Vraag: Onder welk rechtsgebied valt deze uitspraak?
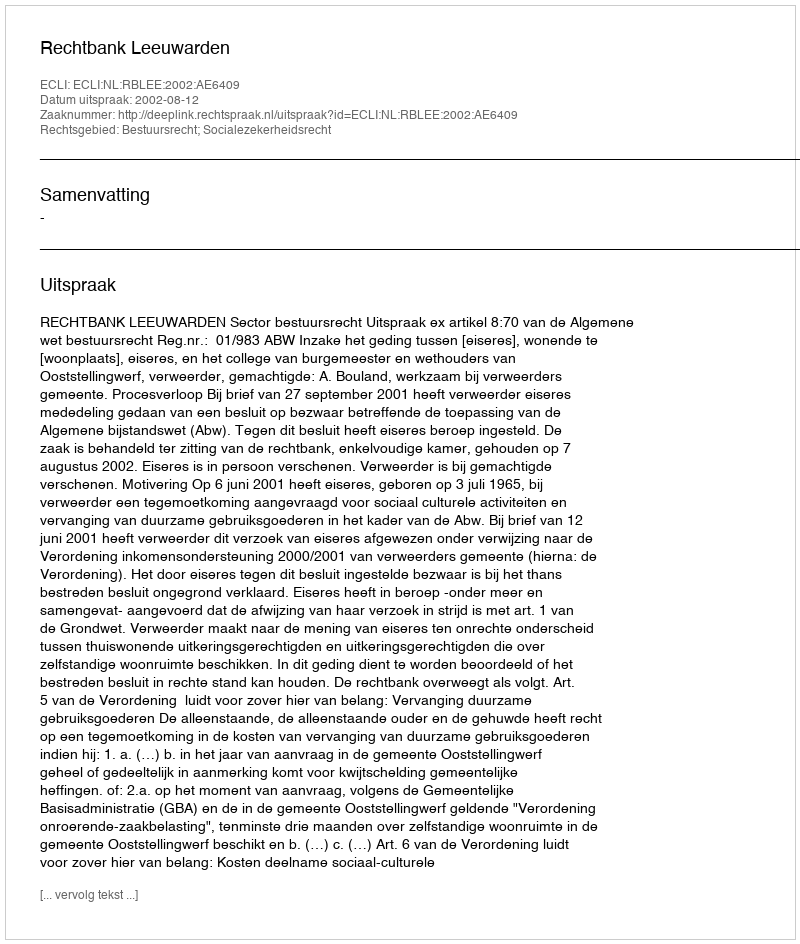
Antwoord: Bestuursrecht; Socialezekerheidsrecht